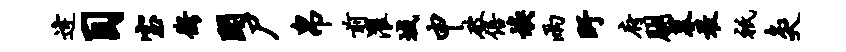
逄目室衡闻尸帛前濯域申破倍焕雨盱府朋暮敢只灸